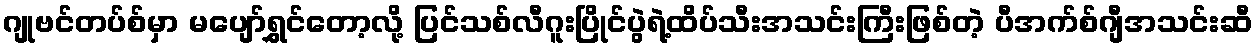
ဂျုဗင်တပ်စ်မှာ မပျော်ရွှင်တော့လို့ ပြင်သစ်လီဂူးပြိုင်ပွဲရဲ့ထိပ်သီးအသင်းကြီးဖြစ်တဲ့ ပီအက်စ်ဂျီအသင်းဆီ